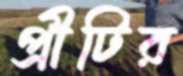
প্রীটির